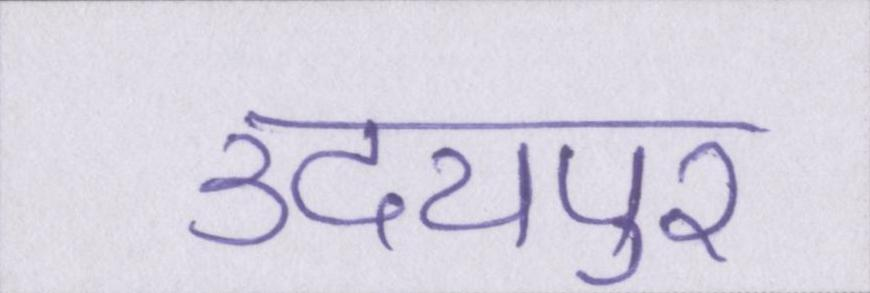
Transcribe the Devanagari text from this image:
उदयपुर